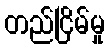
တည်ငြိမ်မှု